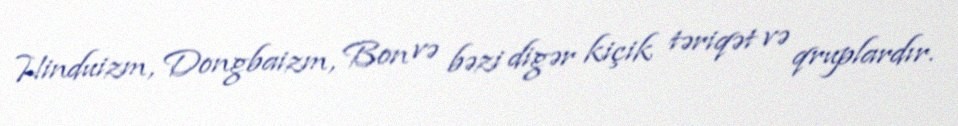
Hinduizm, Dongbaizm, Bon və bəzi digər kiçik təriqət və qruplardır.